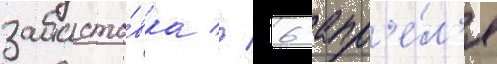
забасто́вка // 6 апр'е́л'я